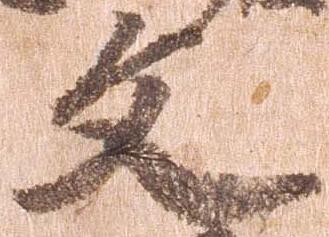
文